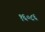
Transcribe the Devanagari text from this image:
१६०८६